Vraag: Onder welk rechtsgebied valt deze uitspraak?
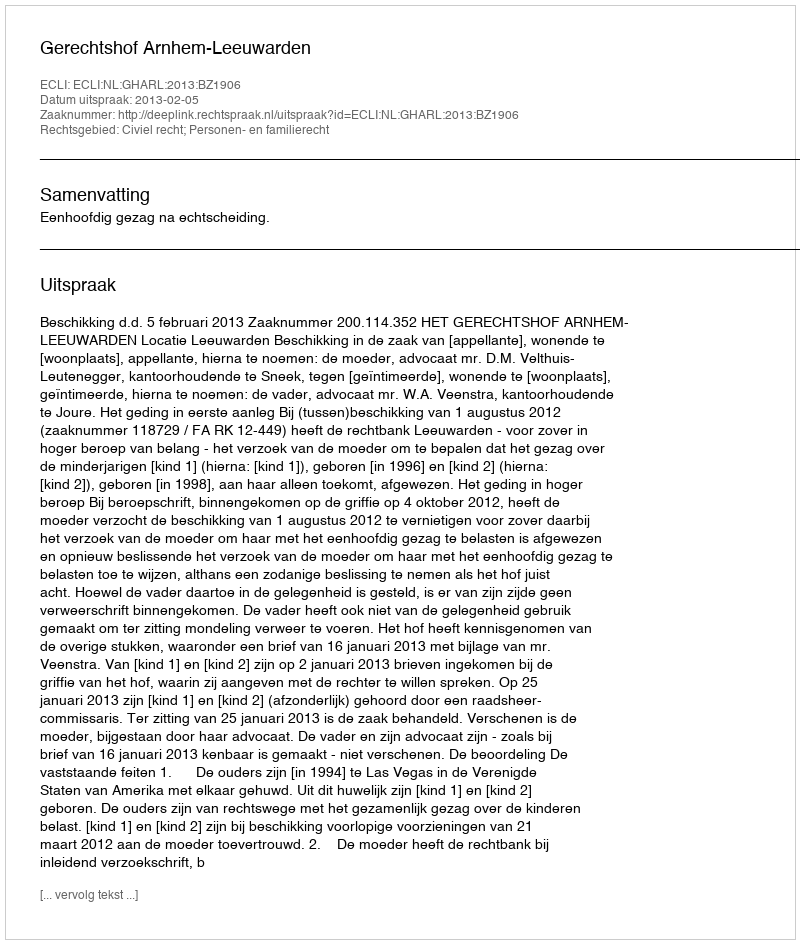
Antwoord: Civiel recht; Personen- en familierecht